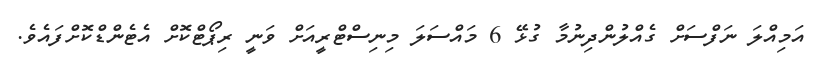
އަމިއްލަ ނަފްސަށް ގެއްލުންދިނުމާ ގުޅޭ 6 މައްސަލަ މިނިސްޓްރީއަށް ވަނީ ރިޕޯޓްކޮށް އެޓެންޑްކޮށްފައެވެ.